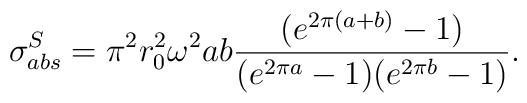
\sigma_{abs}^{S} = \pi^{2} r_{0}^{2} \omega^{2} ab\frac{(e^{2\pi(a+b)} - 1)}{(e^{2\pi a} -1)(e^{2\pi b} -1)}.